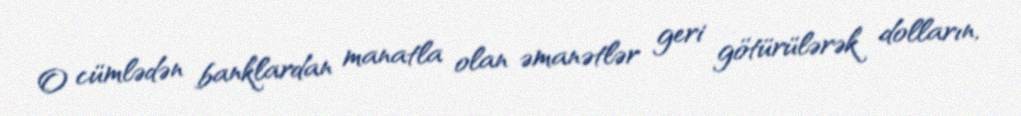
O cümlədən banklardan manatla olan əmanətlər geri götürülərək dolların,